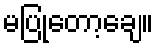
မပြုတော့ချေ။